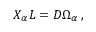
{ \cal X } _ { \alpha } L = D \Omega _ { \alpha } \, ,